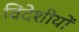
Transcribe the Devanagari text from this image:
विदेशीयों